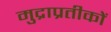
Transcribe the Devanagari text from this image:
मुद्राप्रतीकों